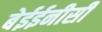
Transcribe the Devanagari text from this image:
बेईईनीसी